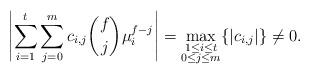
LaTeX: \begin{align*}\left|\sum_{i=1}^t \sum_{j = 0}^mc_{i, j} \binom{f}{j}\mu_i^{f-j}\right| = \max_{\substack{1 \leq i \leq t \\ 0 \leq j \leq m}}\{|c_{i, j}|\} \neq 0.\end{align*}